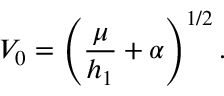
V _ { 0 } = \left( \frac { \mu } { h _ { 1 } } + \alpha \right) ^ { 1 / 2 } .